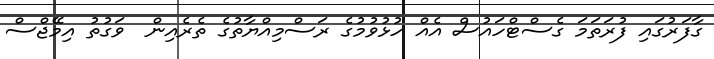
ގާފަރުގައި ފުރަތަމަ ގެސްޓްހައުސް އެއް ހުޅުވުމުގެ ރަސްމިއްޔާތުގެ ތެރެއިން  ވަގުތު އިމޭޖްސް